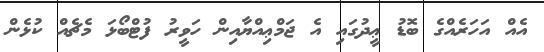
އެއް އަހަރެއްގެ ބޮޑު ޢީދުގައި އެ ޖަމްޢިއްޔާއިން ހަވީރު ފުޓްބޯޅަ މެޗެއް ކުޅެން